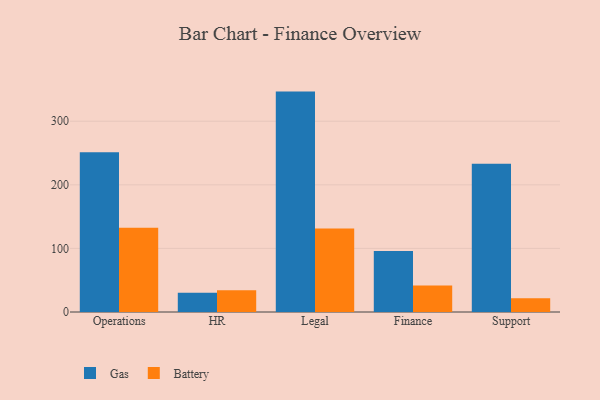
{"axis": {"x": "Department", "y": "Population (Million)"}, "legend": ["Battery", "Gas"], "data": [{"x": "Operations", "y": 251.4, "type": "Gas"}, {"x": "Operations", "y": 132.6, "type": "Battery"}, {"x": "HR", "y": 30.4, "type": "Gas"}, {"x": "HR", "y": 34.1, "type": "Battery"}, {"x": "Legal", "y": 346.6, "type": "Gas"}, {"x": "Legal", "y": 131.2, "type": "Battery"}, {"x": "Finance", "y": 95.9, "type": "Gas"}, {"x": "Finance", "y": 41.8, "type": "Battery"}, {"x": "Support", "y": 233.0, "type": "Gas"}, {"x": "Support", "y": 21.7, "type": "Battery"}]}